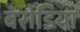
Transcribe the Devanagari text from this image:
बरोडिया